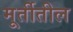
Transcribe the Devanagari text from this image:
मूर्तीतील